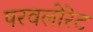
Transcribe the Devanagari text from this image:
परवलोरेट